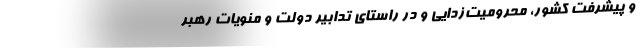
و پیشرفت کشور، محرومیت‌زدایی و در راستای تدابیر دولت و منویات رهبر